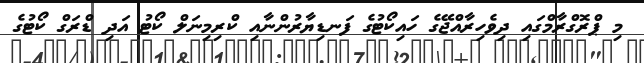
މި ޕްރޮގްރާމްގައި ދިވެހިރާއްޖޭގެ ހައިކޯޓުގެ ފަނޑިޔާރުންނާއި ކްރިމިނަލް ކޯޓު އަދި ޑްރަގް ކޯޓުގެ